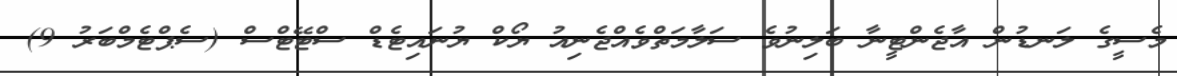
މެސީގެ ލަނޑުން އާޖެންޓީނާ ބަލިނުވެ ސަލާމަތްވެއްޖެނިއު ޔޯކް ޔުނައިޓެޑް ސްޓޭޓްސް (ސެޕްޓެމްބަރު 9)